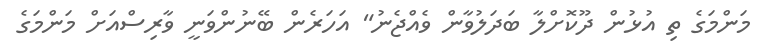
މަންމަގެ ތި އުޅުން ދޫކޮށްލާ ބަދަލުވާން ވެއްޖެނު" އަހަރެން ބޭނުންވަނީ ވާރިސްއަށް މަންމަގެ